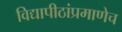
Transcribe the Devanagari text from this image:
विद्यापीठांप्रमाणेच